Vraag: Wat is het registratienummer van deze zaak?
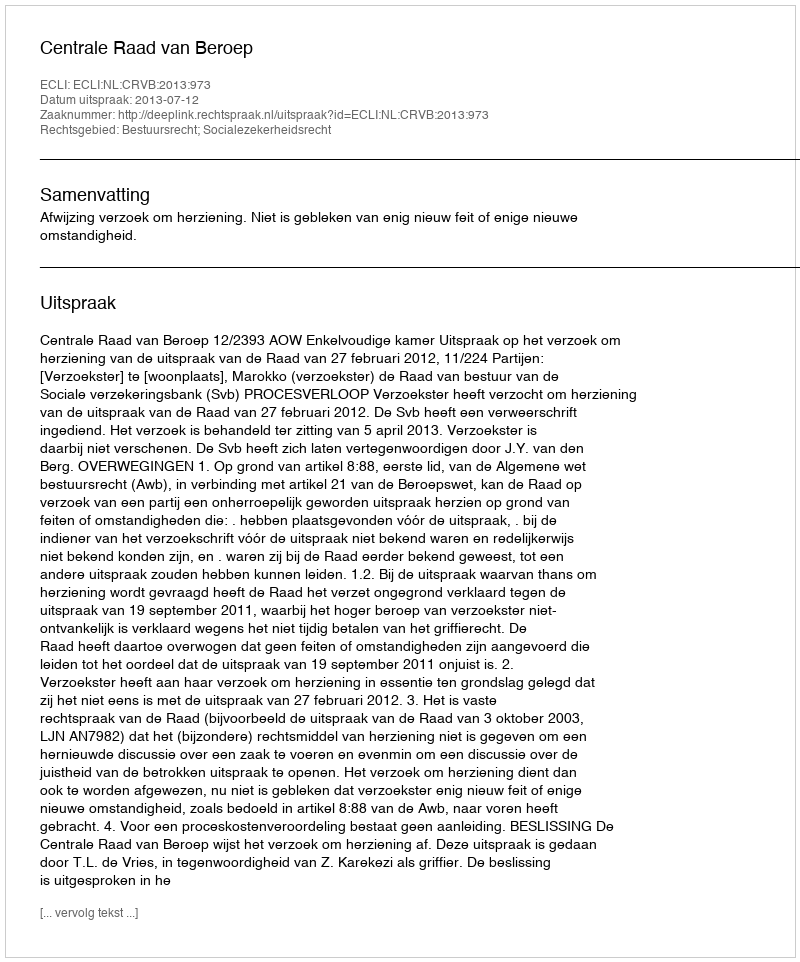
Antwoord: http://deeplink.rechtspraak.nl/uitspraak?id=ECLI:NL:CRVB:2013:973